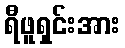
ရီဖူရှင်းအား